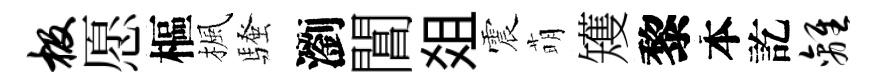
极愿樞楓騷瀏閶爼震萌矱黎本訖离